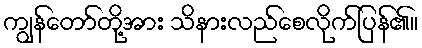
ကျွန်တော်တို့အား သိနားလည်စေလိုက်ပြန်၏။